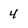
Character: 4